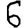
Digit: 6